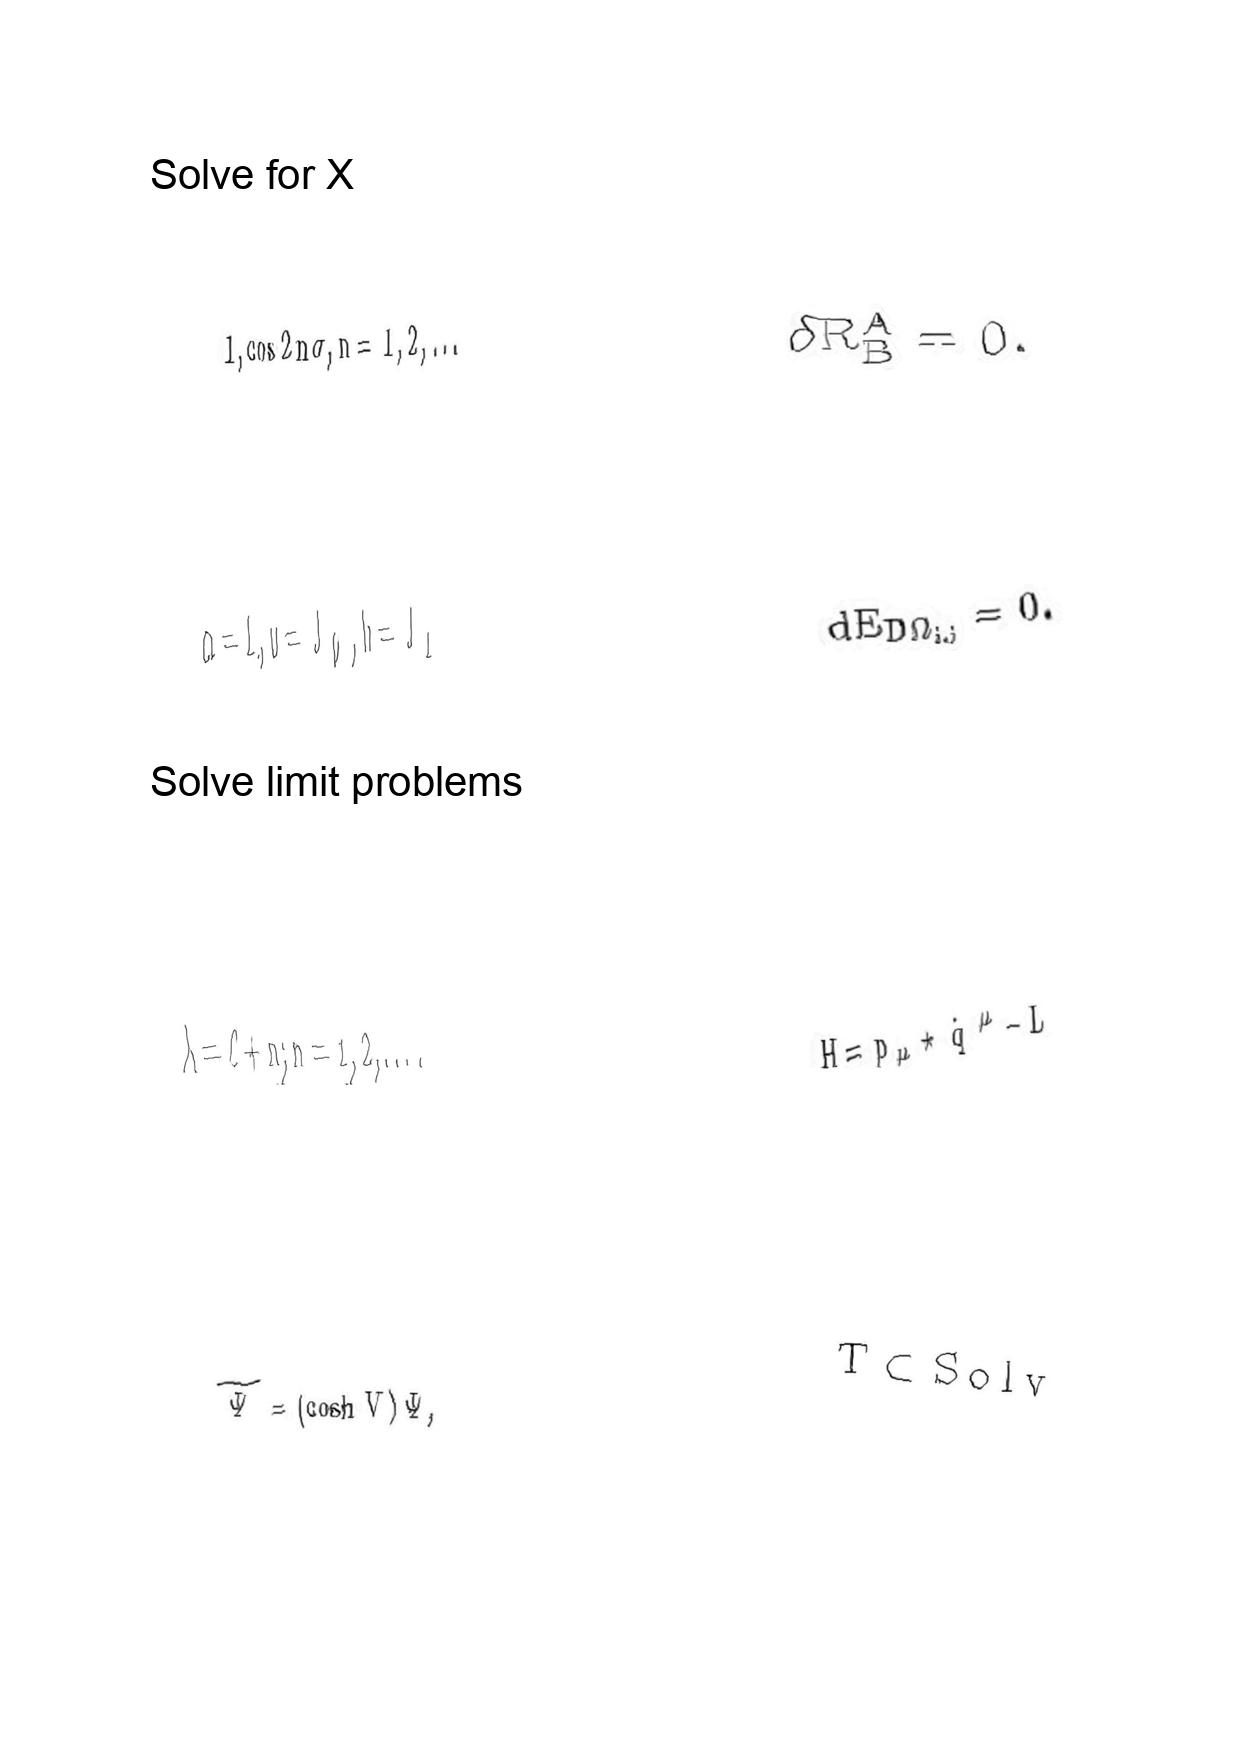
LaTeX transcription:
1 , \cos 2 n \sigma , n = 1 , 2 , . . .
\alpha = 1 , u = J _ { 0 } , h = J _ { 1 }
\lambda = \ell + n ; n = 1 , 2 , \ldots .
\tilde { \Psi } = \lparen \cosh V \rparen \Psi ,
\delta R _ { B } ^ { A } = 0 .
d E _ { D \Omega _ { i , j } } = 0 .
H = p _ { \mu } \star \dot { q } ^ { \mu } - L
T \subset S o l v